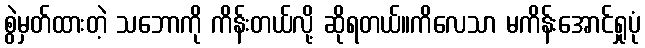
စွဲမှတ်ထားတဲ့ သဘောကို ကိန်းတယ်လို့ ဆိုရတယ်။ကိလေသာ မကိန်းအောင်ရှုပုံ